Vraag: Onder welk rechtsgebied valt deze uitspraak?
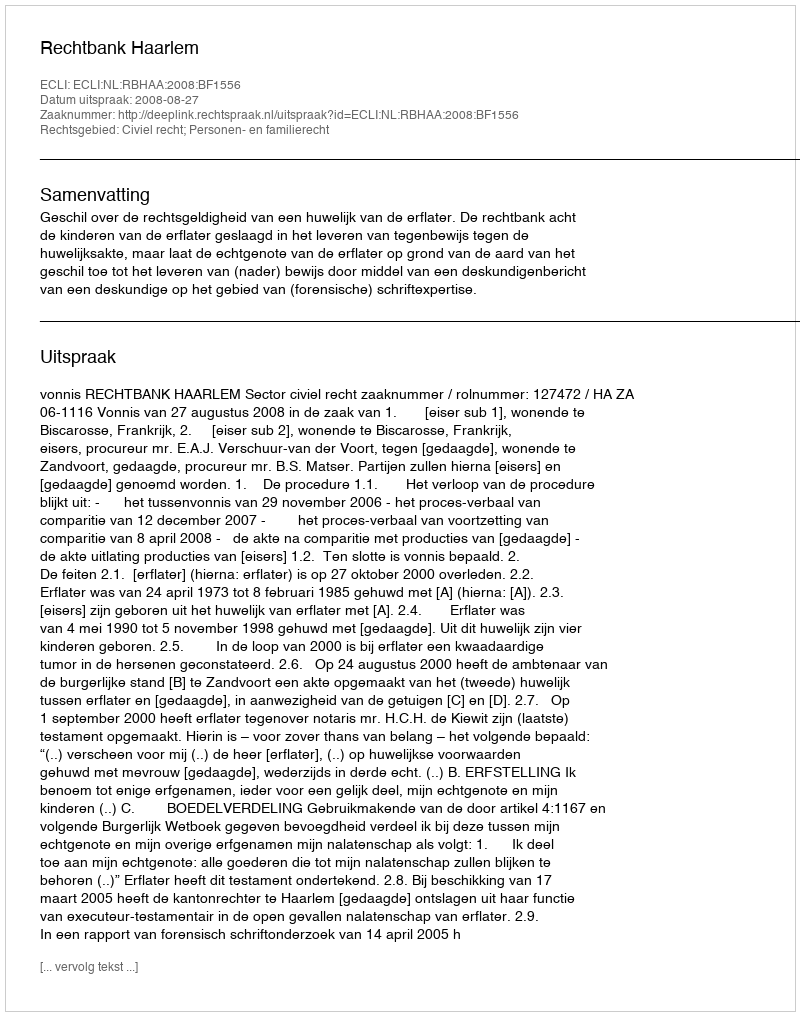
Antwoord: Civiel recht; Personen- en familierecht